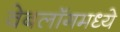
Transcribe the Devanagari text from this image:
वेबलॉगमध्ये